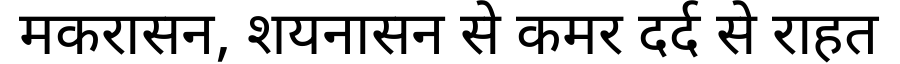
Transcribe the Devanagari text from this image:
मकरासन, शयनासन से कमर दर्द से राहत